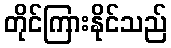
တိုင်ကြားနိုင်သည်